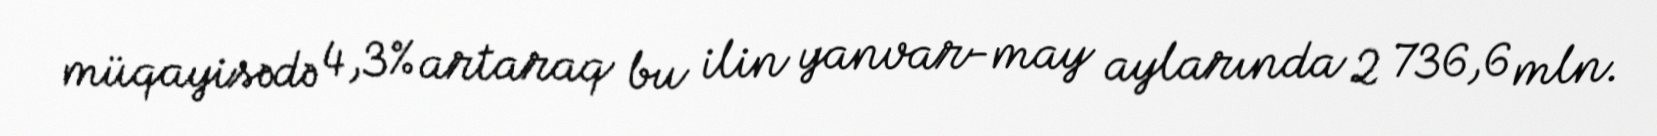
müqayisədə 4,3% artaraq bu ilin yanvar-may aylarında 2 736,6 mln.